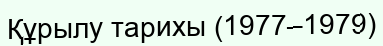
Құрылу тарихы (1977–1979)